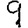
Digit: 9